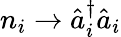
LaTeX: n_{i}\rightarrow\hat{a}_{i}^{\dagger}\hat{a}_{i}